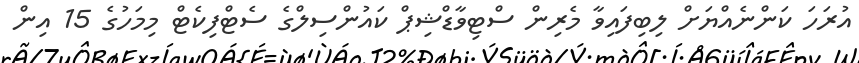
އުރަހަ ކަންނެއްޔަށް ލިބިފައިވާ މެރިން ސްޓިވާޑްޝިޕް ކައުންސިލްގެ ސެޓްފިކެޓް މިމަހުގެ 15 އިން